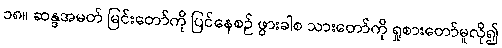
၁၈။ ဆန္ဒအမတ် မြင်းတော်ကို ပြင်နေစဉ် ဖွားခါစ သားတော်ကို ရှုစားတော်မူလို၍